Civil Veterinary Dept. Bombay admin report 1893-99 - 1893-1899
Year: 1893
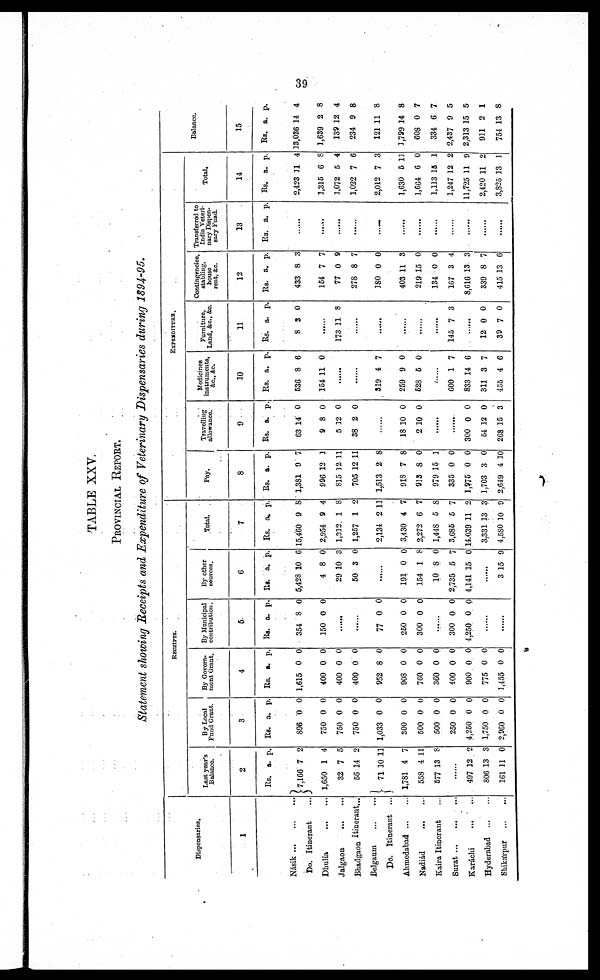
39
TABLE XXV.
PROVINCIAL REPORT.
Statement showing Receipts and Expenditure of Veterinary Dispensaries during 1894-95.
Dispensaries.
1
Násik … … …
Do. Itinerant
Dhulia … …
Jalgaon … …
Bhadgaon Itinerant...
Belgaum … …
Do. Itinerant ...
Ahmedabad … …
Nadiád
…
…
Kaira Itinerant …
Surat … … …
Karáchi … …
Hyderabad … …
Shikárpur … …
RECEIPTS.
Last year's
Balance.
2
Rs.
7,166
1,650
32
56
71
1,731
553
677
a.
7
1
7
14
10
4
4
13
p.
2
4
5
2
11
7
11
8
… …
497
806
161
12
13
11
2
3
0
By Local
Fund Grant.
3
Rs.
896
750
750
750
1,033
300
500
500
250
4,250
1,750
2,960
a.
0
0
0
0
0
0
0
0
0
0
0
0
p.
0
0
0
0
0
0
0
0
0
0
0
0
By Govern-
ment Grant.
4
Rs.
1,615
400
400
400
952
908
760
360
400
900
775
1,455
a.
0
0
0
0
8
0
0
0
0
0
0
0
p.
0
0
0
0
0
0
0
0
0
0
0
0
By Municipal
contribution.
5
Rs.
354
150
a.
8
0
p.
0
0
… …
… …
77
250
300
0
0
0
0
0
0
… …
300
4,250
0
0
0
0
… …
… …
By other
sources.
6
Rs.
5,428
4
29
50
a.
10
8
10
3
p.
6
0
3
0
… …
191
154
10
2,735
4,141
0
1
8
5
15
0
8
0
7
0
… …
3 15 9
Total.
7
Rs.
15,460
2,954
1,212,
1,257
2,134
3,430
2,272
1,448
3,685
14,039
3,331
4,580
a.
9
9
1
1
2
4
6
5
5
11
13
10
p.
8
4
8
2
11
7
7
8
7
2
3
9
EXPENDITURS.
Pay.
8
Rs.
1,381
996
815
705
1,513
918
933
979
335
1,975
1,703
2,619
a.
9
12
12
12
2
7
8
15
0
0
3
4
p.
7
1
11
11
8
8
0
1
0
0
0
10
Travelling
allowance.
9
Rs.
63
9
5
38
a.
14
8
12
2
p.
0
0
0
0
… …
18
2
10
10
0
0
… …
… …
300
54
268
0
12
15
0
0
3
Medicine
instruments,
&c., &c.
10
Rs.
536
154
a.
8
11
p.
6
0
… …
…
319
259
528
4
9
5
7
0
0
… …
600
833
311
455
1
14
3
4
7
6
7
6
Furniture
Land, &c., &c.
11
Rs.
8
a.
3
p.
0
… …
173 11 8
… …
… …
… …
… …
145 7 3
12
39
0
7
0
0
Contingencies,
stabling,
house
rent &c.
12
Rs.
433
154
77
278
180
403
219
134
167
8,616
339
415
a.
8
7
0
8
0
11
15
0
3
13
8
13
p.
3
7
9
7
0
3
0
0
4
3
7
6
Transferred to
India Veteri-
nary Dispen-
sary Fund.
13
Rs. a. p.
… …
… …
… …
… …
......
… …
… …
… …
… …
… …
… …
Total.
14
Rs.
2,423
1,315
1,072
1,022
2,012
1,630
1,664
1,113
1,247
11,725
2,420
3,825
a.
11
6
5
7
7
5
6
15
12
11
11
13
p.
4
8
4
6
3
11
0
1
2
9
2
1
Balance.
15
Rs.
13,036
1,639
139
234
121
1,799
608
334
2,437
2,313
931
754
a.
14
2
12
9
11
14
0
6
9
15
2
13
p.
4
8
4
8
8
8
7
7
5
5
1
8